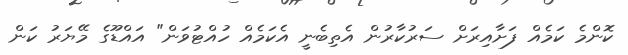
ކޮންމެ ކަމެއް ފަށާއިރަށް ސަރުކާރުން އެތިބެނީ އެކަމެއް ހުއްޓުވަން" އައްޑޫގެ މޭޔަރު ކަން